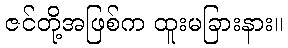
ဇင်တို့အဖြစ်က ထူးမခြားနား။